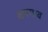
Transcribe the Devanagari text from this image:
करगाव